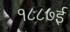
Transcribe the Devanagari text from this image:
१८८७ई